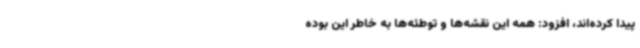
پیدا کرده‌اند، افزود: همه این نقشه‌ها و توطئه‌ها به خاطر این بوده